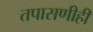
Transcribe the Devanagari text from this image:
तपासणीही